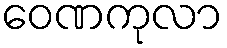
ဝေဏကုလာ